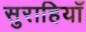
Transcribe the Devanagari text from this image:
सुराहियाँ